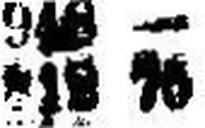
812 75